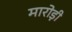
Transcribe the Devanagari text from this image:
मारोड़ी